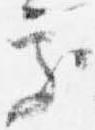
処